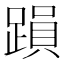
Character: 䠝